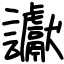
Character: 讞